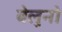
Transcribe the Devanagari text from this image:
बेलुनो